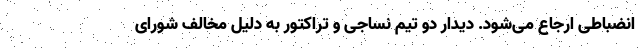
انضباطی ارجاع می‌شود. دیدار دو تیم نساجی و تراکتور به دلیل مخالف شورای